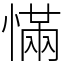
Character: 慲